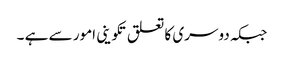
جبکہ دوسری کا تعلق تکوینی امور سے ہے ۔